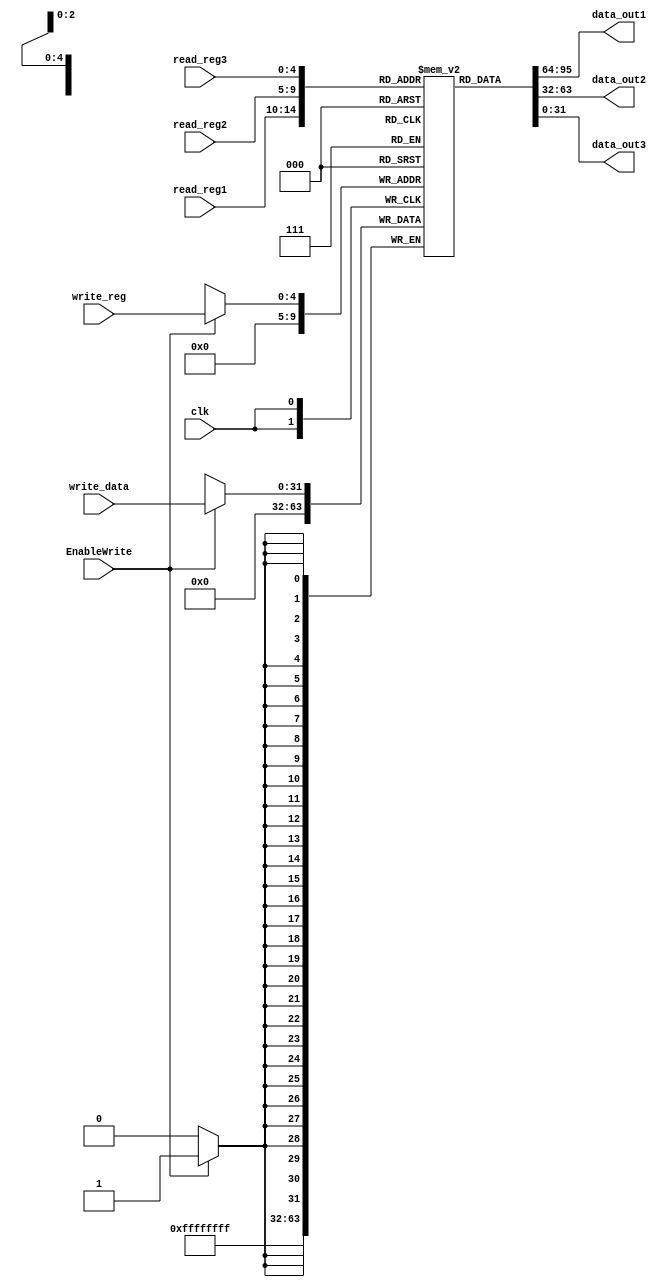
//declares a 32x32 register file.
module RegisterFile(clk,EnableWrite,read_reg1, read_reg2,read_reg3, write_reg, write_data,data_out1, data_out2, data_out3);
input [4:0] read_reg1, read_reg2, read_reg3, write_reg;
output[31:0] data_out1, data_out2, data_out3;
input [31:0] write_data;
input EnableWrite,clk;
reg [31:0] registers_i[31:0];
reg [31:0] registers_f[31:0];

initial begin
registers_i[0] = 32'd0;//0
end

assign data_out1 = registers_i[read_reg1];
assign data_out2 = registers_i[read_reg2];
assign data_out3 = registers_i[read_reg3];


always @(posedge clk) begin
#2
if (EnableWrite == 1'b1) begin
registers_i[write_reg] = write_data;
end
registers_i[0] = 32'd0;//0
end
endmodule